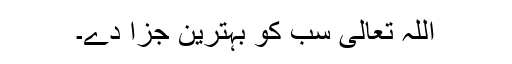
اللہ تعالیٰ سب کو بہترین جزا دے۔